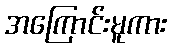
အကြောင်းမူကား